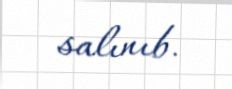
salınıb.